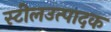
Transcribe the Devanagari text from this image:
स्टीलउत्पादक